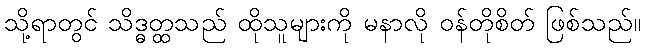
သို့ရာတွင် သိဒ္ဓတ္ထသည် ထိုသူများကို မနာလို ဝန်တိုစိတ် ဖြစ်သည်။